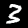
Label: 3